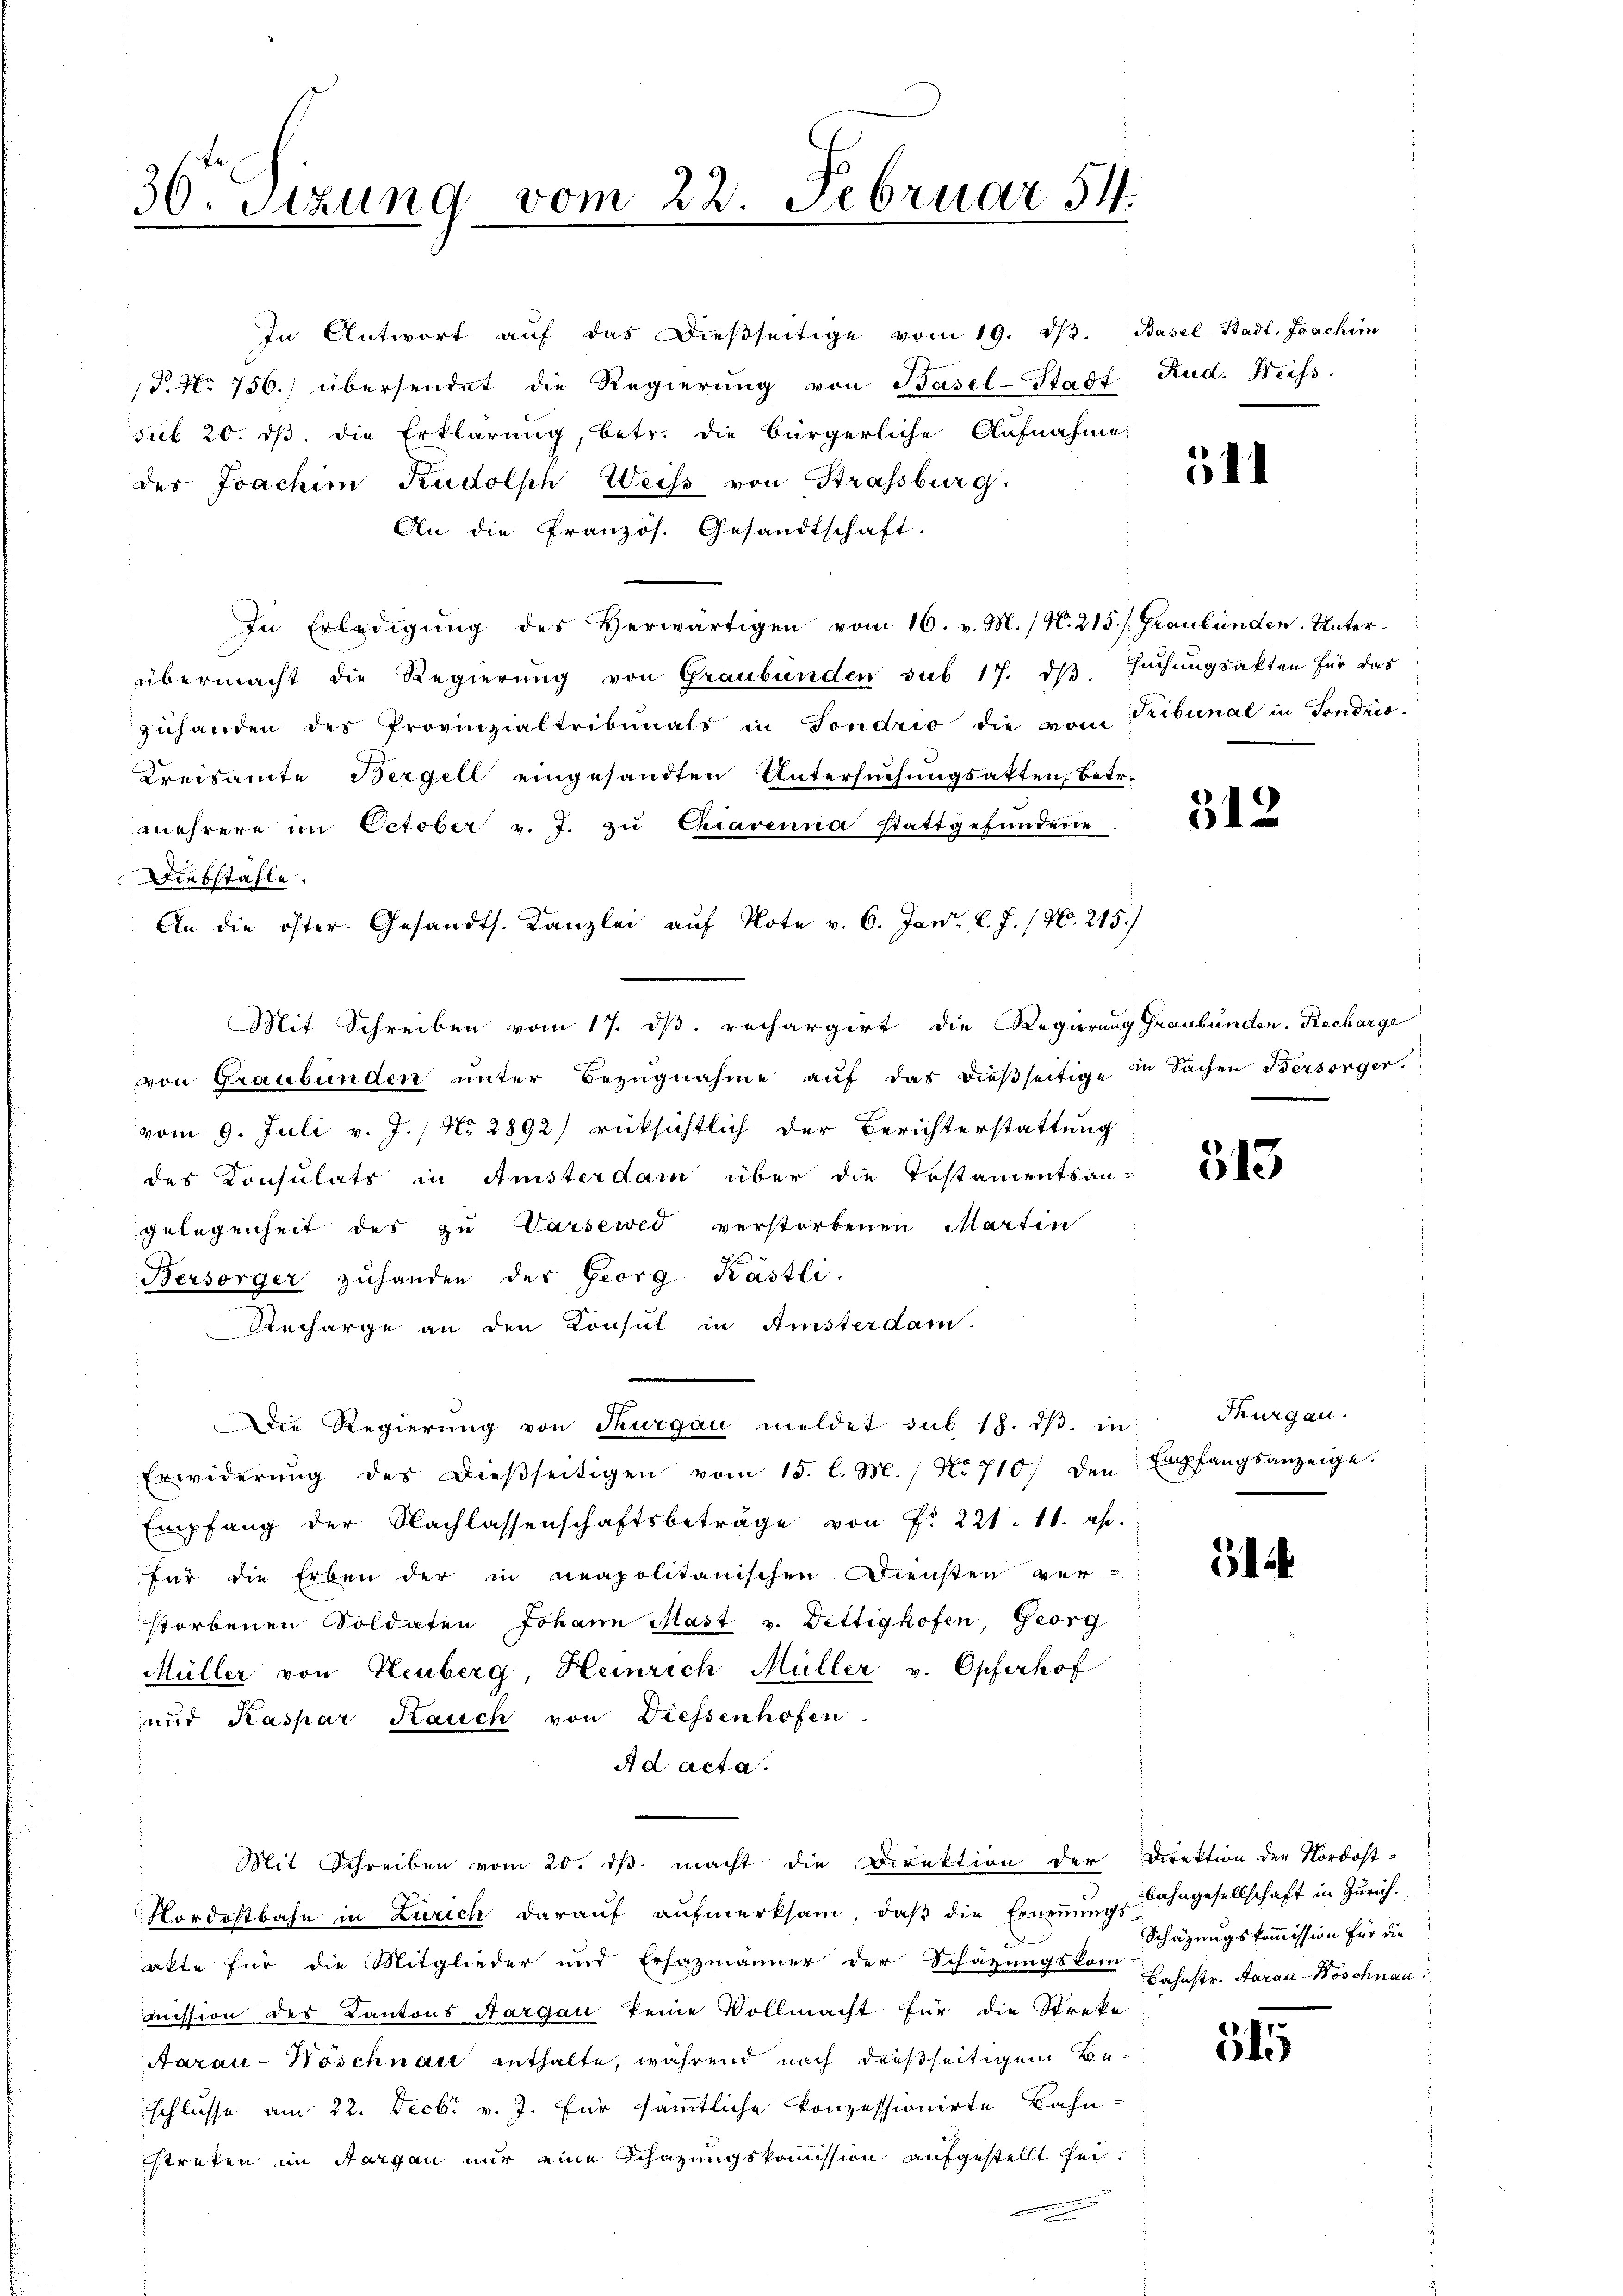
30. Sitzung vom 22. Februar 54.

In Antwort aŭf das Dieβseitige vom 19. dβ. Basel-Stadt. Joachim
P. Nr. 756.) übersendet die Regierŭng von Basel-Stadt Rud. Weiss.
sub 20. ds. die Erklärung, betr. die bürgerliche Aufnahme.
des Joachim Rudolph Weiss von Strassburg.
An die Französ. Gesandtschaft.
In Erledigung des Herwärtigen vom 16. v. M. (N. 215/. Graubünden. Unterübermacht die Regierŭng von Graubünden sub 17. dβ. sŭchŭngsakten für das
zuhanden des Provinzialtribunals in Sondrio die vom
Kreisamte Bergell eingesandten Untersuchungsakten Betr.
mehrere im October v. J. zŭ Chiavenna stattgefundene
Diebstahle.
An die öster. Gesandts. Kanzlei aŭf Note v. 6. Jan. l. J. / No. 215.)
Mit Schreiben vom 17. ds. rechargirt die Regierung Graubünden-Recharge
von Graubünden unter Bezugnahme auf das dießseitige
vom 9. Juli v. J. / No 2892) rücksichtlich der Berichterstattung
des Konsulats in Anisterdam über die Testamentsan-
gelegenheit des zu Varsewed verstorbenen Martin
Bersorger zŭhanden des Georg Kästli
Recharge an den Consul in Ansterdam
Die Regierŭng von Thurgau meldet sub 18. dβ. in Thurgau.
Erwiderŭng des Dieβseitigen vom 15. l. M. / No 710) den Empfangsanzeige.
Empfang der Nachlassenschaftsbeträge von Fr. 221. 11. es.
für die Erben der in neapolitanischen Diensten ver
storbenen Soldaten Johann Mast v. Dettighofen, Georg
Müller von Heuberg, Heinrich Müller v. Opferhof
und Kaspar Rauch von Diessenhofen.
Ad acta.
Mit Schreiben vom 20. ds. macht die Direktion der Direktion der Nordost-
Nordostbahn in Zürich darauf aufmerksam, daß die Ernennungs-Ingesellschaft in Zürich.
akte für die Mitglieder und Erhazmänner der Schätzungskom Lohnstr. Aarau-Woschnau
mission des Kantons Aargau keine Vollmacht für die Streke
Aarau-Wöschnait enthalte, während nach dießseitigem Beschlusse am 22. Decbr v. J. für sämmtliche konzessionirte Bahnstreken im Aargau nur eine Schazungskommission aufgestellt heit.

511

Tribunal in Sondnis.

312

in Sachen Bersorger.

513

514

Schätzungskommission für die

515